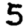
Digit: 5